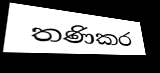
තණිකර